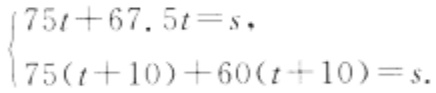
$\begin{cases}75t + 67.5t = s,\\75(t + 10)+60(t + 10)=s.\end{cases}$